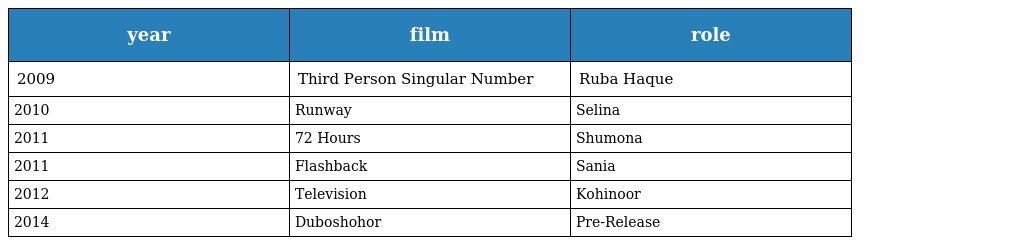
| year | film | role |
 | --- | --- | --- |
 | 2009 | Third Person Singular Number | Ruba Haque |
 | 2010 | Runway | Selina |
 | 2011 | 72 Hours | Shumona |
 | 2011 | Flashback | Sania |
 | 2012 | Television | Kohinoor |
 | 2014 | Duboshohor | Pre-Release |